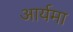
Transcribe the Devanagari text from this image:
आर्यमा